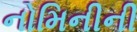
નોમિનીની